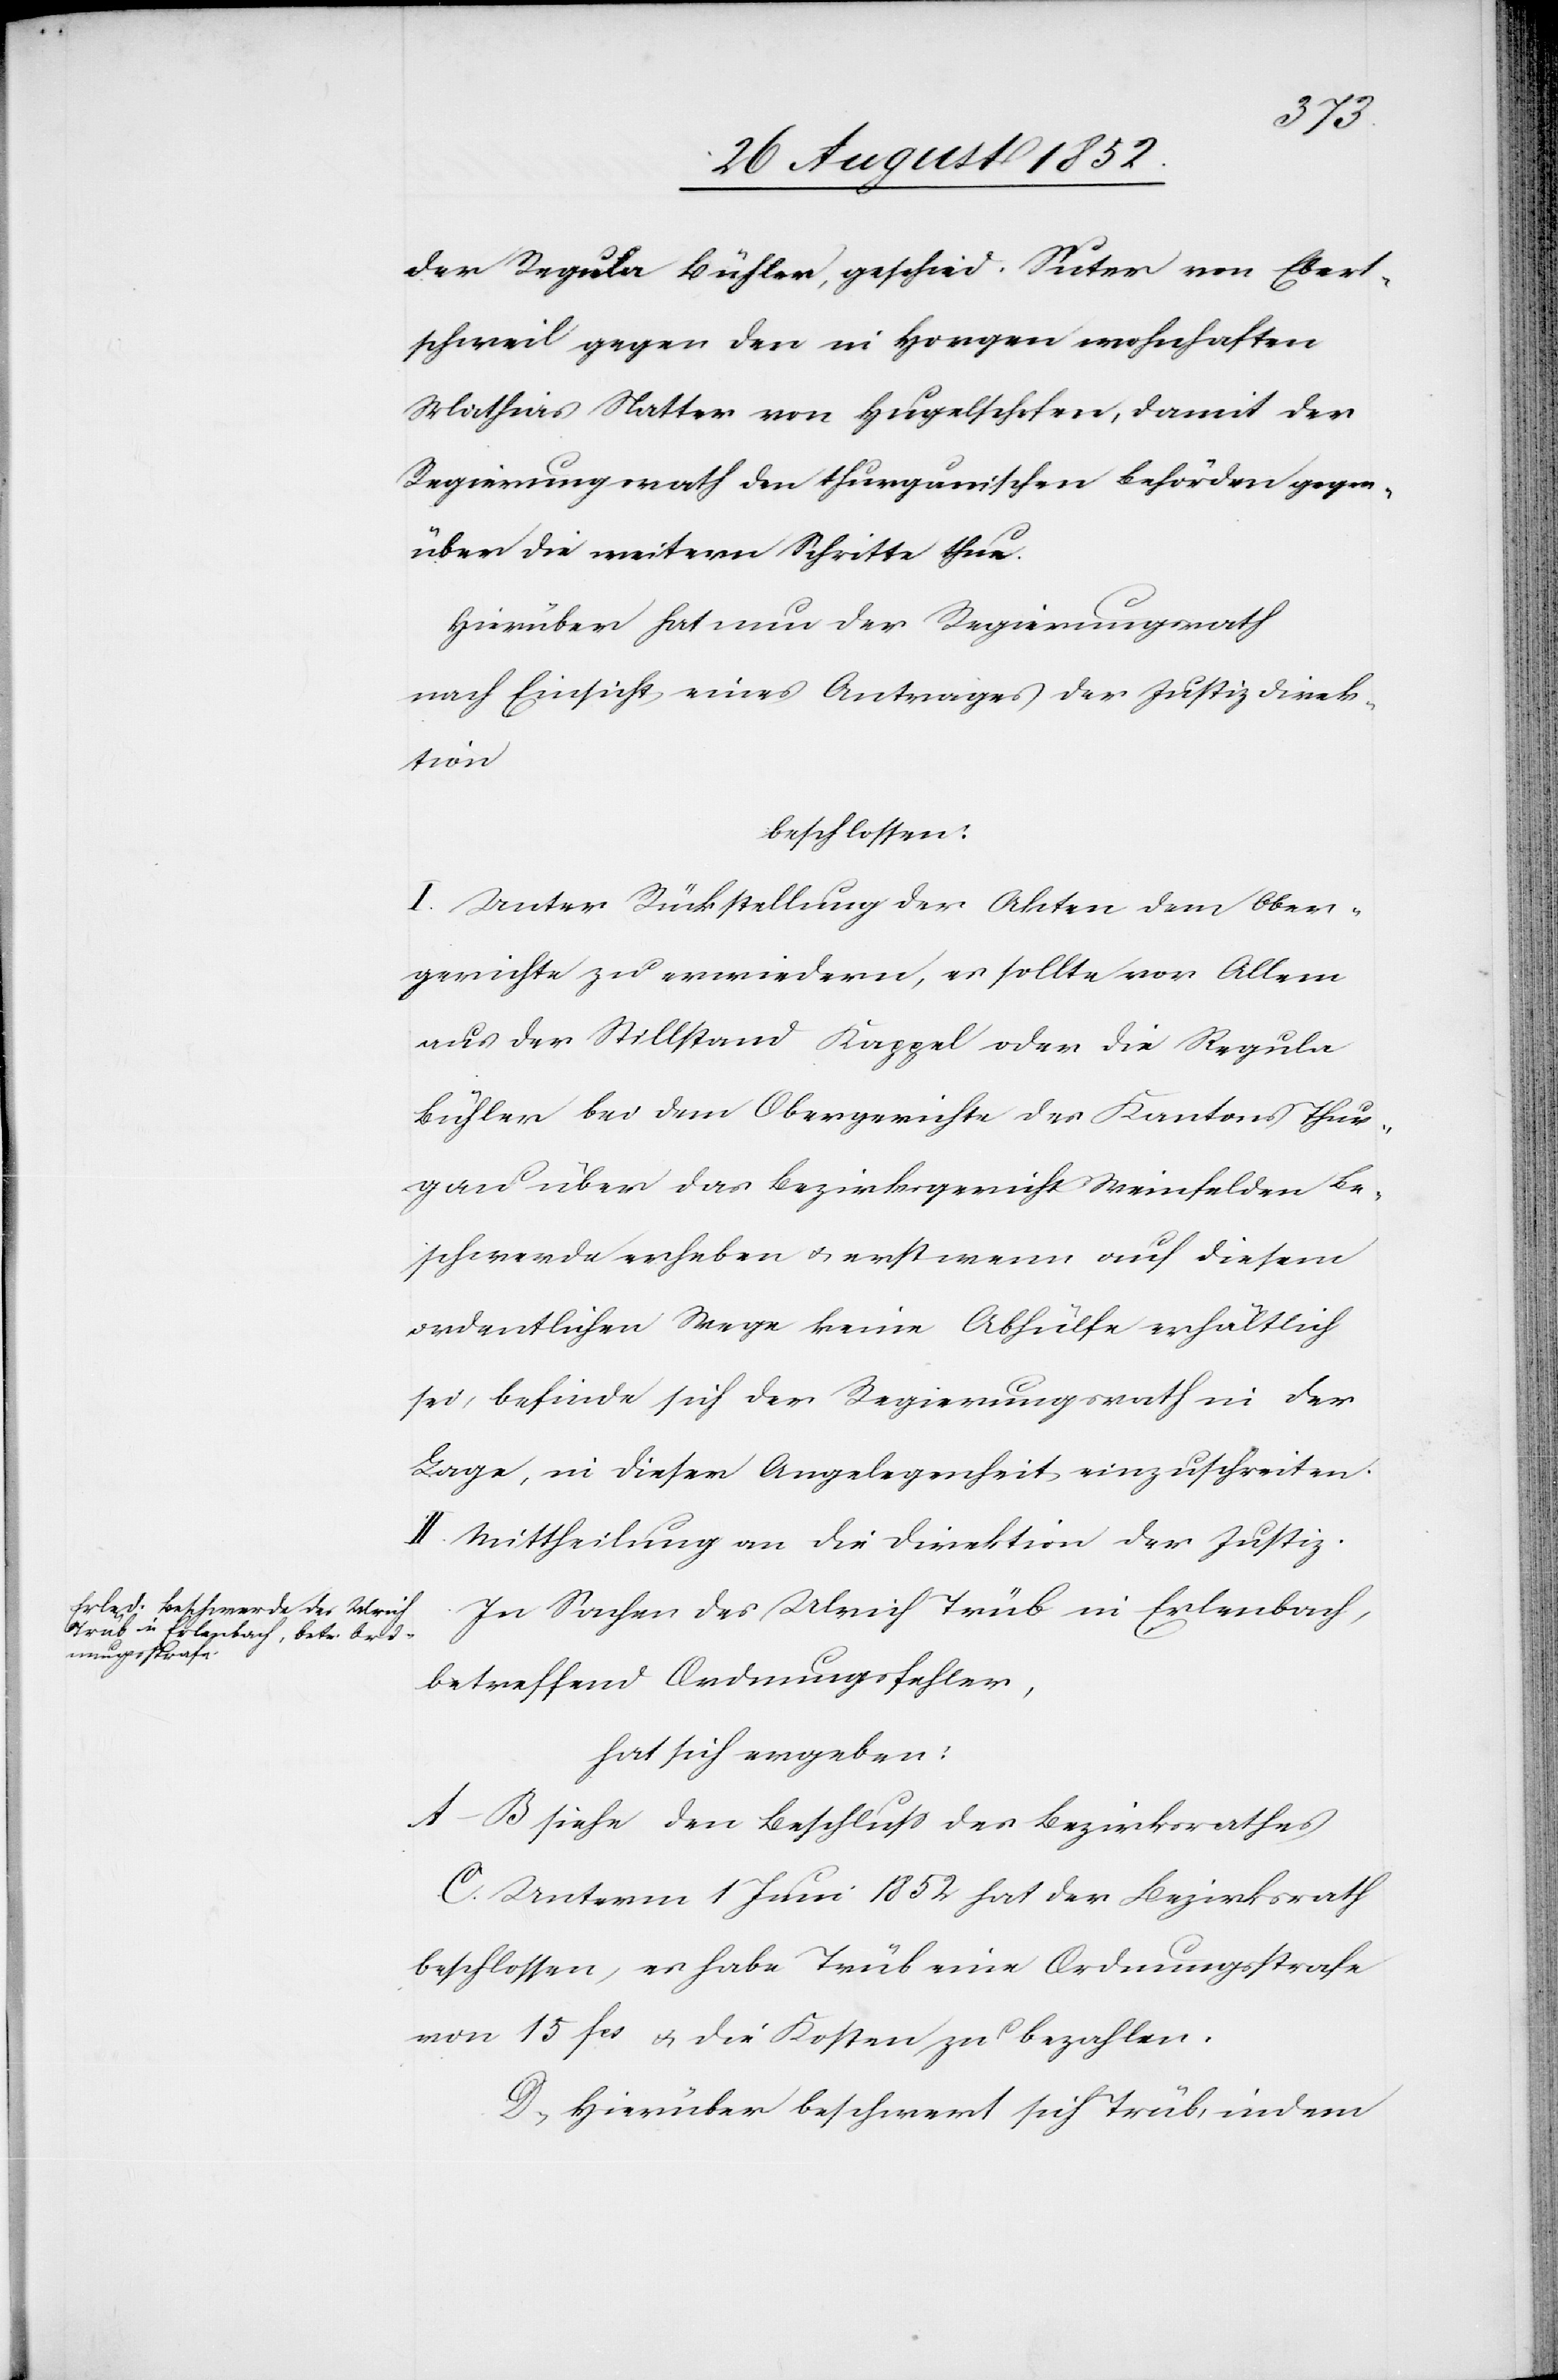
der Regula Bühler, geschied. Suter von Ebert¬
schweil gegen den in Horgen wohnhaften
Mathias Natter [sic!] von Hugelschofen, damit der
Regierungsrath den thurgauischen Behörden gegen¬
über die weitern Schritte thue.
Hierüber hat nun der Regierungsrath
nach Einsicht eines Antrages der Justizdirek¬
tion
beschlossen:
I. Unter Rückstellung der Akten dem Ober¬
gerichte zu erwiedern, es sollte vor Allem
aus der Stillstand Kappel oder die Regula
Bühler bei dem Obergerichte des Kantons Thur¬
gau über das Bezirksgericht Weinfelden Be¬
schwerde erheben & erst wenn auf diesem
ordentlichen Wege keine Abhülfe erhältlich
sei, befinde sich der Regierungsrath in der
Lage, in dieser Angelegenheit einzuschreiten.
II. Mittheilung an die Direktion der Justiz.
In Sachen des Ulrich Trüb in Erlenbach,
betreffend Ordnungsfehler,
hat sich ergeben:
A–B siehe den Beschluss des Bezirksrathes
C. Unterm 1 Juni 1852 hat der Bezirksrath
beschlossen, es habe Trüb eine Ordnungsstrafe
von 15 fcs & die Kosten zu bezahlen.
D, Hierüber beschwert sich Trüb, indem